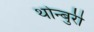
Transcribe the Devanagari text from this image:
थोन्बुरी